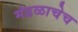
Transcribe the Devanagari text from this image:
मंडळाचेच